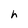
Character: h